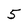
Character: 5